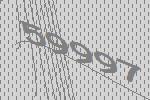
59997